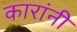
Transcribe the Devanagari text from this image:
कारांनी